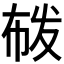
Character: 𭘟